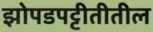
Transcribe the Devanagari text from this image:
झोपडपट्टीतीतील